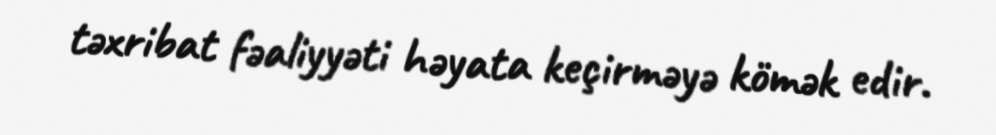
təxribat fəaliyyəti həyata keçirməyə kömək edir.